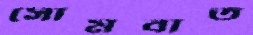
সোমবাত